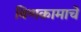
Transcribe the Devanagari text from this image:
विणकामाचे